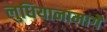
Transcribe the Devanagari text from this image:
लुधियानामार्गे